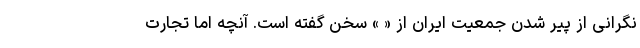
نگرانی از پیر شدن جمعیت ایران از « » سخن گفته است. آنچه اما تجارت